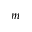
m